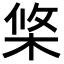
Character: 𣒼